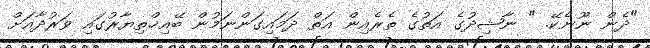
"ދެން ނޫނެކޭ. " ނާޝިދުގެ އަތުގެ ތެރެއިން އަތް ދަމައިގަންނަމުން ބޭއިޚްތިޔާރުގައި ވަރުދާއަށް